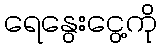
ရေနွေးငွေ့ကို